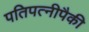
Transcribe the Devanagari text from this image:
पतिपत्‍नीपैकी